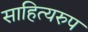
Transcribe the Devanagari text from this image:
साहित्यरुप